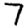
Digit: 7